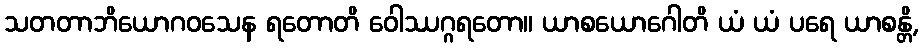
သတတာဘိယောဂဝသေန ရတောတိ ဝေါဿဂ္ဂရတော။ ယာစယောဂေါတိ ယံ ယံ ပရေ ယာစန္တိ,